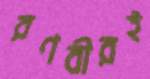
রণবীরই